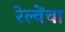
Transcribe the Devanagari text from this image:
रेल्वेंचा